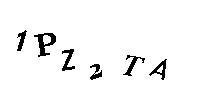
1PZ2TA